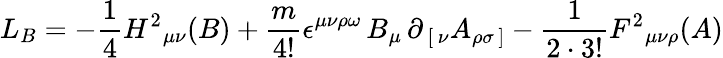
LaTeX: L_{B}=-{\frac{1}{4}}H^{2}{}_{\mu\nu}(B)+{\frac{m}{4!}}\epsilon^{\mu\nu\rho\omega}\, B_{\mu}\, \partial_{\, [\, \nu}A_{\rho\sigma\, ]}-{\frac{1}{2\cdot 3!}}F^{2}{}_{\mu\nu\rho}(A)